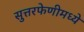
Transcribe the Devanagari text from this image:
सुत्तरफेणीमध्ये